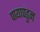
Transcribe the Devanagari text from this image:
पायापडुन